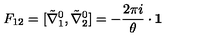
F _ { 1 2 } = [ \tilde { \nabla } _ { 1 } ^ { 0 } , \tilde { \nabla } _ { 2 } ^ { 0 } ] = - \frac { 2 \pi i } { \theta } \cdot { \bf 1 }